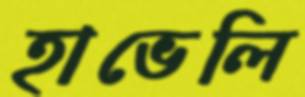
হাভেলি